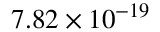
7 . 8 2 \times 1 0 ^ { - 1 9 }